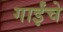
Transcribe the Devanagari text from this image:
गाईंचे